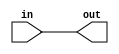
// Modified by Princeton University on June 9th, 2015
// ========== Copyright Header Begin ==========================================
// 
// OpenSPARC T1 Processor File: fpu_rptr_macros.v
// Copyright (c) 2006 Sun Microsystems, Inc.  All Rights Reserved.
// DO NOT ALTER OR REMOVE COPYRIGHT NOTICES.
// 
// The above named program is free software; you can redistribute it and/or
// modify it under the terms of the GNU General Public
// License version 2 as published by the Free Software Foundation.
// 
// The above named program is distributed in the hope that it will be 
// useful, but WITHOUT ANY WARRANTY; without even the implied warranty of
// MERCHANTABILITY or FITNESS FOR A PARTICULAR PURPOSE.  See the GNU
// General Public License for more details.
// 
// You should have received a copy of the GNU General Public
// License along with this work; if not, write to the Free Software
// Foundation, Inc., 51 Franklin St, Fifth Floor, Boston, MA 02110-1301, USA.
// 
// ========== Copyright Header End ============================================
module fpu_bufrpt_grp64 (
	in,
	out
);
	
	input [63:0] in;
	output [63:0] out;

	assign out[63:0] = in[63:0];

endmodule

module fpu_bufrpt_grp32 (
	in,
	out
);

	input [31:0] in;
	output [31:0] out;

	assign out[31:0] = in[31:0];

endmodule